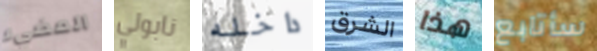
المضيء نابولي داخله الشرق هذا سأتابع